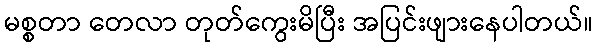
မစ္စတာ တေလာ တုတ်ကွေးမိပြီး အပြင်းဖျားနေပါတယ်။